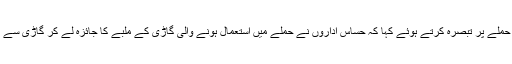
ایرانی وزیر انٹیلی جنس نے ملک کے جنوب مشرقی صوبے سیستان و بلوچستان کے حالیہ دہشتگردانہ حملے پر تبصرہ کرتے ہوئے کہا کہ حساس اداروں نے حملے میں استعمال ہونے والی گاڑی کے ملبے کا جائزہ لے کر گاڑی سے منسلک افراد کو گرفتار کرکے ان کے ذریعے دہشت گرد گروہ کیساتھ منسلک عناصر کی شناخت کی۔